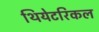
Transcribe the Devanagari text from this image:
थियेटरिकल